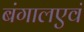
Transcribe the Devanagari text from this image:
बंगालएवं